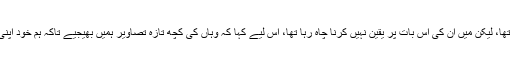
ویسے تو ہمیں ان پر یقین تھا، لیکن میں ان کی اس بات پر یقین نہیں کرنا چاہ رہا تھا، اس لیے کہا کہ وہاں کی کچھ تازہ تصاویر ہمیں بھیجیے تاکہ ہم خود اپنی آنکھوں سے دیکھ سکیں۔